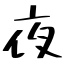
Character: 夜